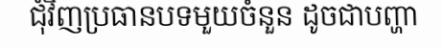
ជុំវិញប្រធានបទមួយចំនួន ដូចជាបញ្ហា